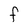
Character: F